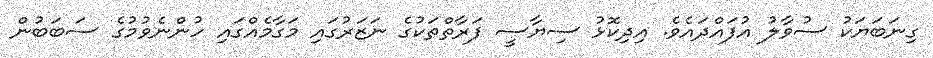
ގިނަބަޔަކު ސުވާލު އުފައްދައެވެ. އިދިކޮޅު ސިޔާސީ ފަރާތްތަކުގެ ނަޒަރުގައި މަގާމެއްގައި ހުންނެވުމުގެ ސަބަބުން